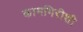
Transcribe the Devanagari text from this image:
कामगिरीशी